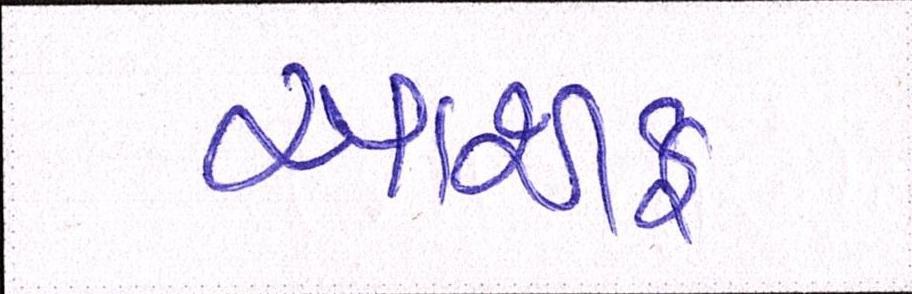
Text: આશીફ